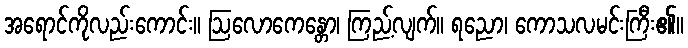
အရောင်ကိုလည်းကောင်း။ ဩလောကေန္တော၊ ကြည့်လျက်။ ရညော၊ ကောသလမင်းကြီး၏။